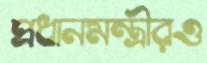
প্রধানমন্ত্রীরও